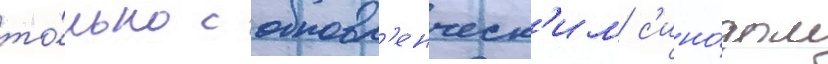
то́лько с обновл'енческ'им с'ино́дом